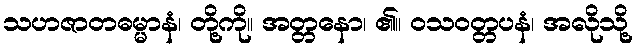
သဟဇာတဓမ္မာနံ၊ တို့ကို။ အတ္တနော၊ ၏။ ဝသဝတ္တပနံ၊ အလိုသို့